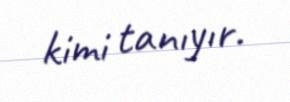
kimi tanıyır.